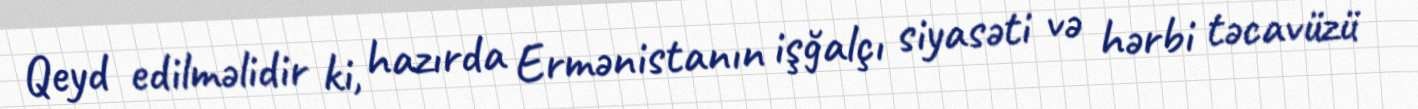
Qeyd edilməlidir ki, hazırda Ermənistanın işğalçı siyasəti və hərbi təcavüzü